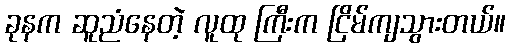
ခုနက ဆူညံနေတဲ့ လူထု ကြီးက ငြိမ်ကျသွားတယ်။